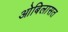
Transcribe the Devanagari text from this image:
ओबिलासत